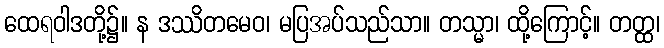
ထေရဝါဒတို့၌။ န ဒဿိတမေဝ၊ မပြအပ်သည်သာ။ တသ္မာ၊ ထို့ကြောင့်။ တတ္ထ၊